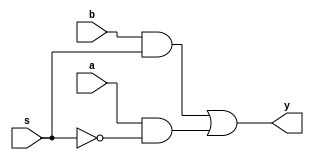
module mux21a(
  input wire a,
  input wire b, 
  input wire s, 
  output wire y
);

	always @ (*) begin
		y = (b & s) | (a & (~s));
	end
endmodule